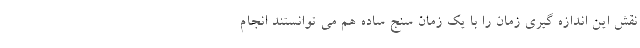
نقش این اندازه گیری زمان را با یک زمان سنج ساده هم می توانستند انجام